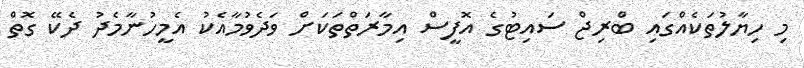
މި ހިޔާލުތަކެއްގައި ބްރިޖް ސައިޓުގެ އޮފީސް އިމާރަތްތަކަށް ވަދެވުމާއެކު އެމީހުނާމެދު ދެކޭ ގޮތް